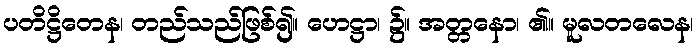
ပတိဋ္ဌိတေန၊ တည်သည်ဖြစ်၍။ ဟေဋ္ဌာ၊ ၌။ အတ္တနော၊ ၏။ မူလတလေန၊